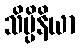
သိပ္ပိနိယာ